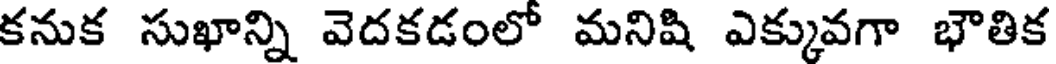
కనుక సుఖాన్ని వెదకడంలో మనిషి ఎక్కువగా భౌతిక